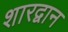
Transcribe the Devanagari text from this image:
शारद्वान